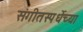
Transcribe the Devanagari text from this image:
संगीतस्पर्धेच्या